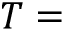
T =